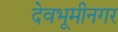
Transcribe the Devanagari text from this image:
देवभूमीनगर